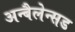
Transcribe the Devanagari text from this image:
अन्बैलेन्सड